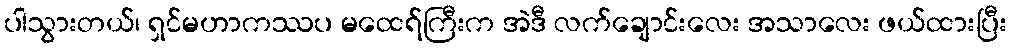
ပါသွားတယ်၊ ရှင်မဟာကဿပ မထေရ်ကြီးက အဲဒီ လက်ချောင်းလေး အသာလေး ဖယ်ထားပြီး